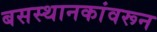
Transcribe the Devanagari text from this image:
बसस्थानकांवरून